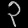
Digit: ၃